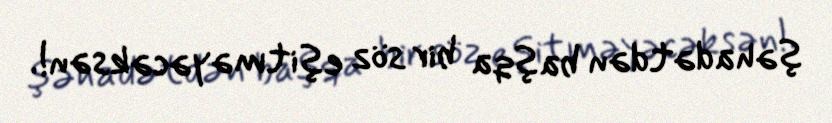
şəhadətdən başqa bir söz eşitməyəcəksən!.